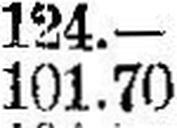
101.70